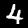
Digit: 4